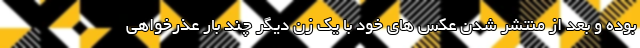
بوده و بعد از منتشر شدن عکس های خود با یک زن دیگر چند بار عذرخواهی